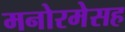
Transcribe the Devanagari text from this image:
मनोरमेसह